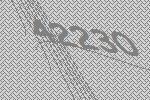
42230